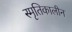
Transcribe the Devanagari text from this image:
स्मृतिकालीन